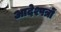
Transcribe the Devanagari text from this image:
आदेश्पत्रों